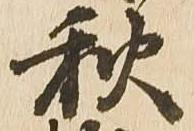
秋